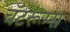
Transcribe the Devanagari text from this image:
चॅटरूम्स